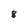
Character: 8